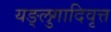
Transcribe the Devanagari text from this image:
यङ्लुगादिवृत्त